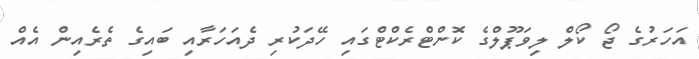
އަހަރުގެ ޖޯ ކޯލް ލިވަޕޫލްގެ ކޮންޓްރެކްޓްގައި ހޭދަކުރި ދެއަހަރާއި ބައިގެ ތެރެއިން އެއް